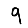
Digit: 9